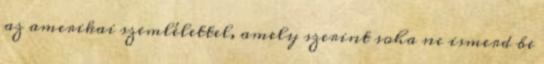
az amerikai szemlélettel, amely szerint soha ne ismerd be